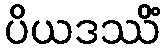
ပိယဒဿိံ